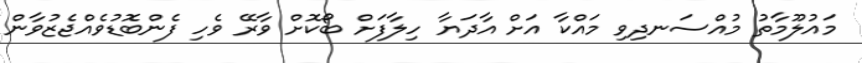
މައުލޫމާތު މުއްސަނދިވި މައްކާ އަށް އާދަޔާ ހިލާފަށް ބޯކޮށް ވާރޭ ވެހި ފެންބޮޑުވެއްޖެޒުވާން